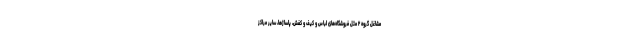
مشاغل گروه ۲ مثل فروشگاه‌های لباس و کیف و کفش، پاساژها، سایر مراکز